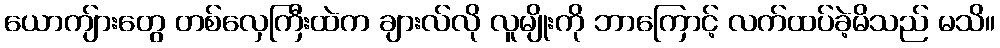
ယောကျ်ားတွေ တစ်လှေကြီးထဲက ချားလ်လို လူမျိုးကို ဘာကြောင့် လက်ထပ်ခဲ့မိသည် မသိ။